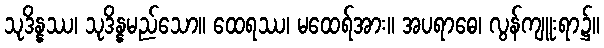
သုဒိန္နဿ၊ သုဒိန္နမည်သော။ ထေရဿ၊ မထေရ်အား။ အပရာဓေ၊ လွန်ကျူးရာ၌။